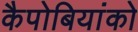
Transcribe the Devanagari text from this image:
कैपोबियांको